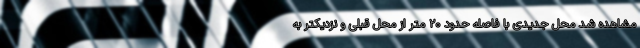
مشاهده شد محل جدیدی با فاصله حدود ۲۰ متر از محل قبلی و نزدیکتر به